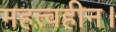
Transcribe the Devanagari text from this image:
महत्वहीन।